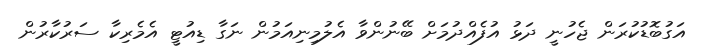
އަގުބޮޑުކުރަން ޖެހުނީ ދަޅު އުފެއްދުމަށް ބޭނުންވާ އެލުމިނިއަމުން ނަގާ ޑިއުޓީ އެމެރިކާ ސަރުކާރުން